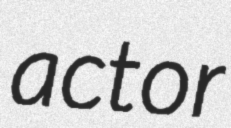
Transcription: actor